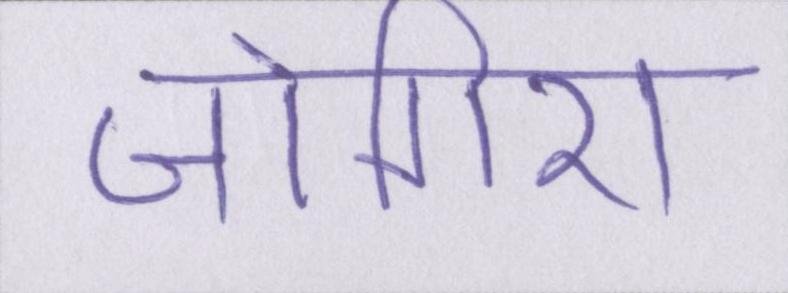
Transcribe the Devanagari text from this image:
जोगिरा